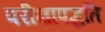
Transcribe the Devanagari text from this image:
परीक्षापद्धति